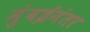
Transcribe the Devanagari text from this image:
मुंबईनंतर